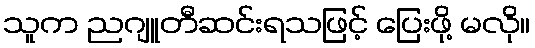
သူက ညဂျူတီဆင်းရသဖြင့် ပြေးဖို့ မလို။